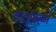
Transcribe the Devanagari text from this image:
वार्तावहन